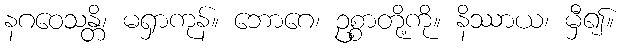
နဂဝေသန္တိ၊ မရှာကုန်။ ဘောဂေ၊ ဥစ္စာတို့ကို။ နိဿာယ၊ မှီ၍။